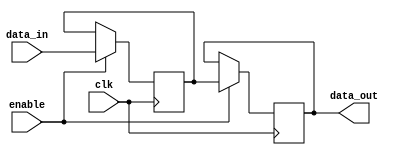
module DisableBlock (
    input wire clk,            // Clock signal
    input wire enable,         // Control signal to enable/disable the block
    input wire [N-1:0] data_in, // Input data (N-bit wide)
    output reg [N-1:0] data_out // Output data (N-bit wide)
);

parameter N = 8; // Parameter for data width, can be adjusted as needed

// Internal state to hold the data when disabled
reg [N-1:0] internal_state;

// Always block to handle the enable signal and data processing
always @(posedge clk) begin
    if (enable) begin
        // When enabled, process the input data
        internal_state <= data_in; // Store the input data in internal state
        data_out <= internal_state; // Output the processed data
    end else begin
        // When disabled, maintain the previous output state
        data_out <= data_out; // Hold the previous output value
    end
end

endmodule